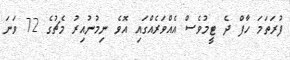
ފުރަތަމަ ހާފް ދެ ޓީމުވެސް އެއްވަރެއްގައި އޮވެ ނިމުނުއިރު މެޗުގެ 72 ވަނަ